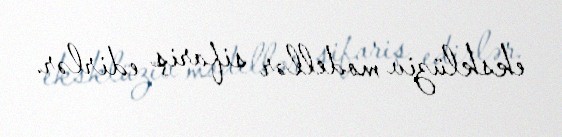
eksklüziv modellər sifariş edirlər.